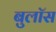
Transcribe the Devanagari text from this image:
बुलॉस